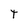
Character: T